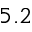
5 . 2